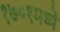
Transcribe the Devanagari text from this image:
१७०१मध्ये